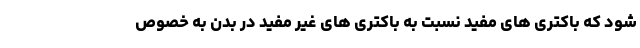
شود که باکتری های مفید نسبت به باکتری های غیر مفید در بدن به خصوص